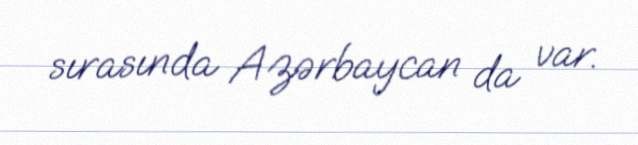
sırasında Azərbaycan da var.